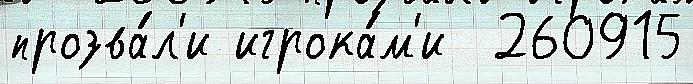
прозва́л'и игрока́м'и  260915